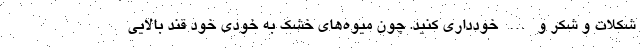
شکلات و شکر و … خودداری کنید. چون میوه‌های خشک به خودی خود قند بالایی